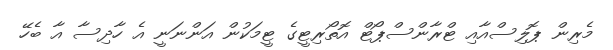
މެރިން ޕޮލިސްއާއި ޓްރާންސްޕޯޓް އޮތޯރިޓީގެ ޓީމަކުން އަންނަނީ އެ ހާދިސާ އާ ބެހޭ